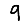
Digit: 9